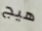
هيج